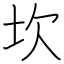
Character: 坎